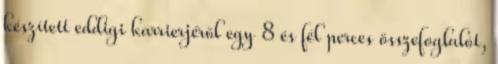
készített eddigi karrierjéről egy 8 és fél perces összefoglalót,